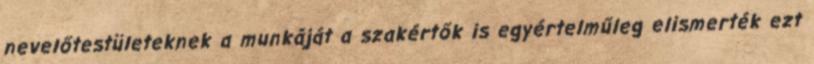
nevelőtestületeknek a munkáját a szakértők is egyértelműleg elismerték ezt